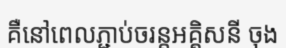
គឺនៅពេលភ្ជាប់ចរន្តអគ្គិសនី ចុង